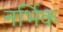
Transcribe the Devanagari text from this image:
नर्भिक